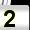
Digit: 2